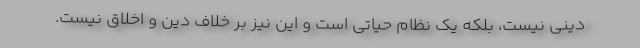
دینی نیست، بلکه یک نظام حیاتی است و این نیز بر خلاف دین و اخلاق نیست.